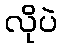
လိုပဲ